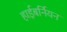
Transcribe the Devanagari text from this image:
हाईबर्नियन